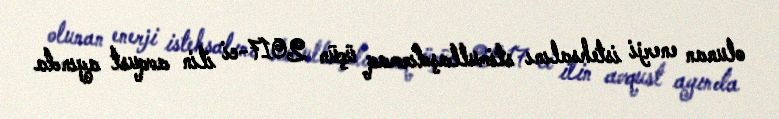
olunan enerji istehsalını stimullaşdırmaq üçün 2017-ci ilin avqust ayında